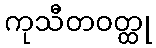
ကုသီတဝတ္ထု